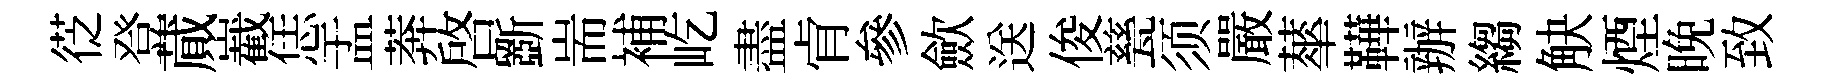
徔登蕆嶻恁盂莾啓斵耑補屹盡肻參歛送俊甆须嚴蕐鞾辦縐觖煙晚致